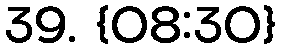
39. {08:30}